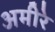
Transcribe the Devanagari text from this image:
अमीरे